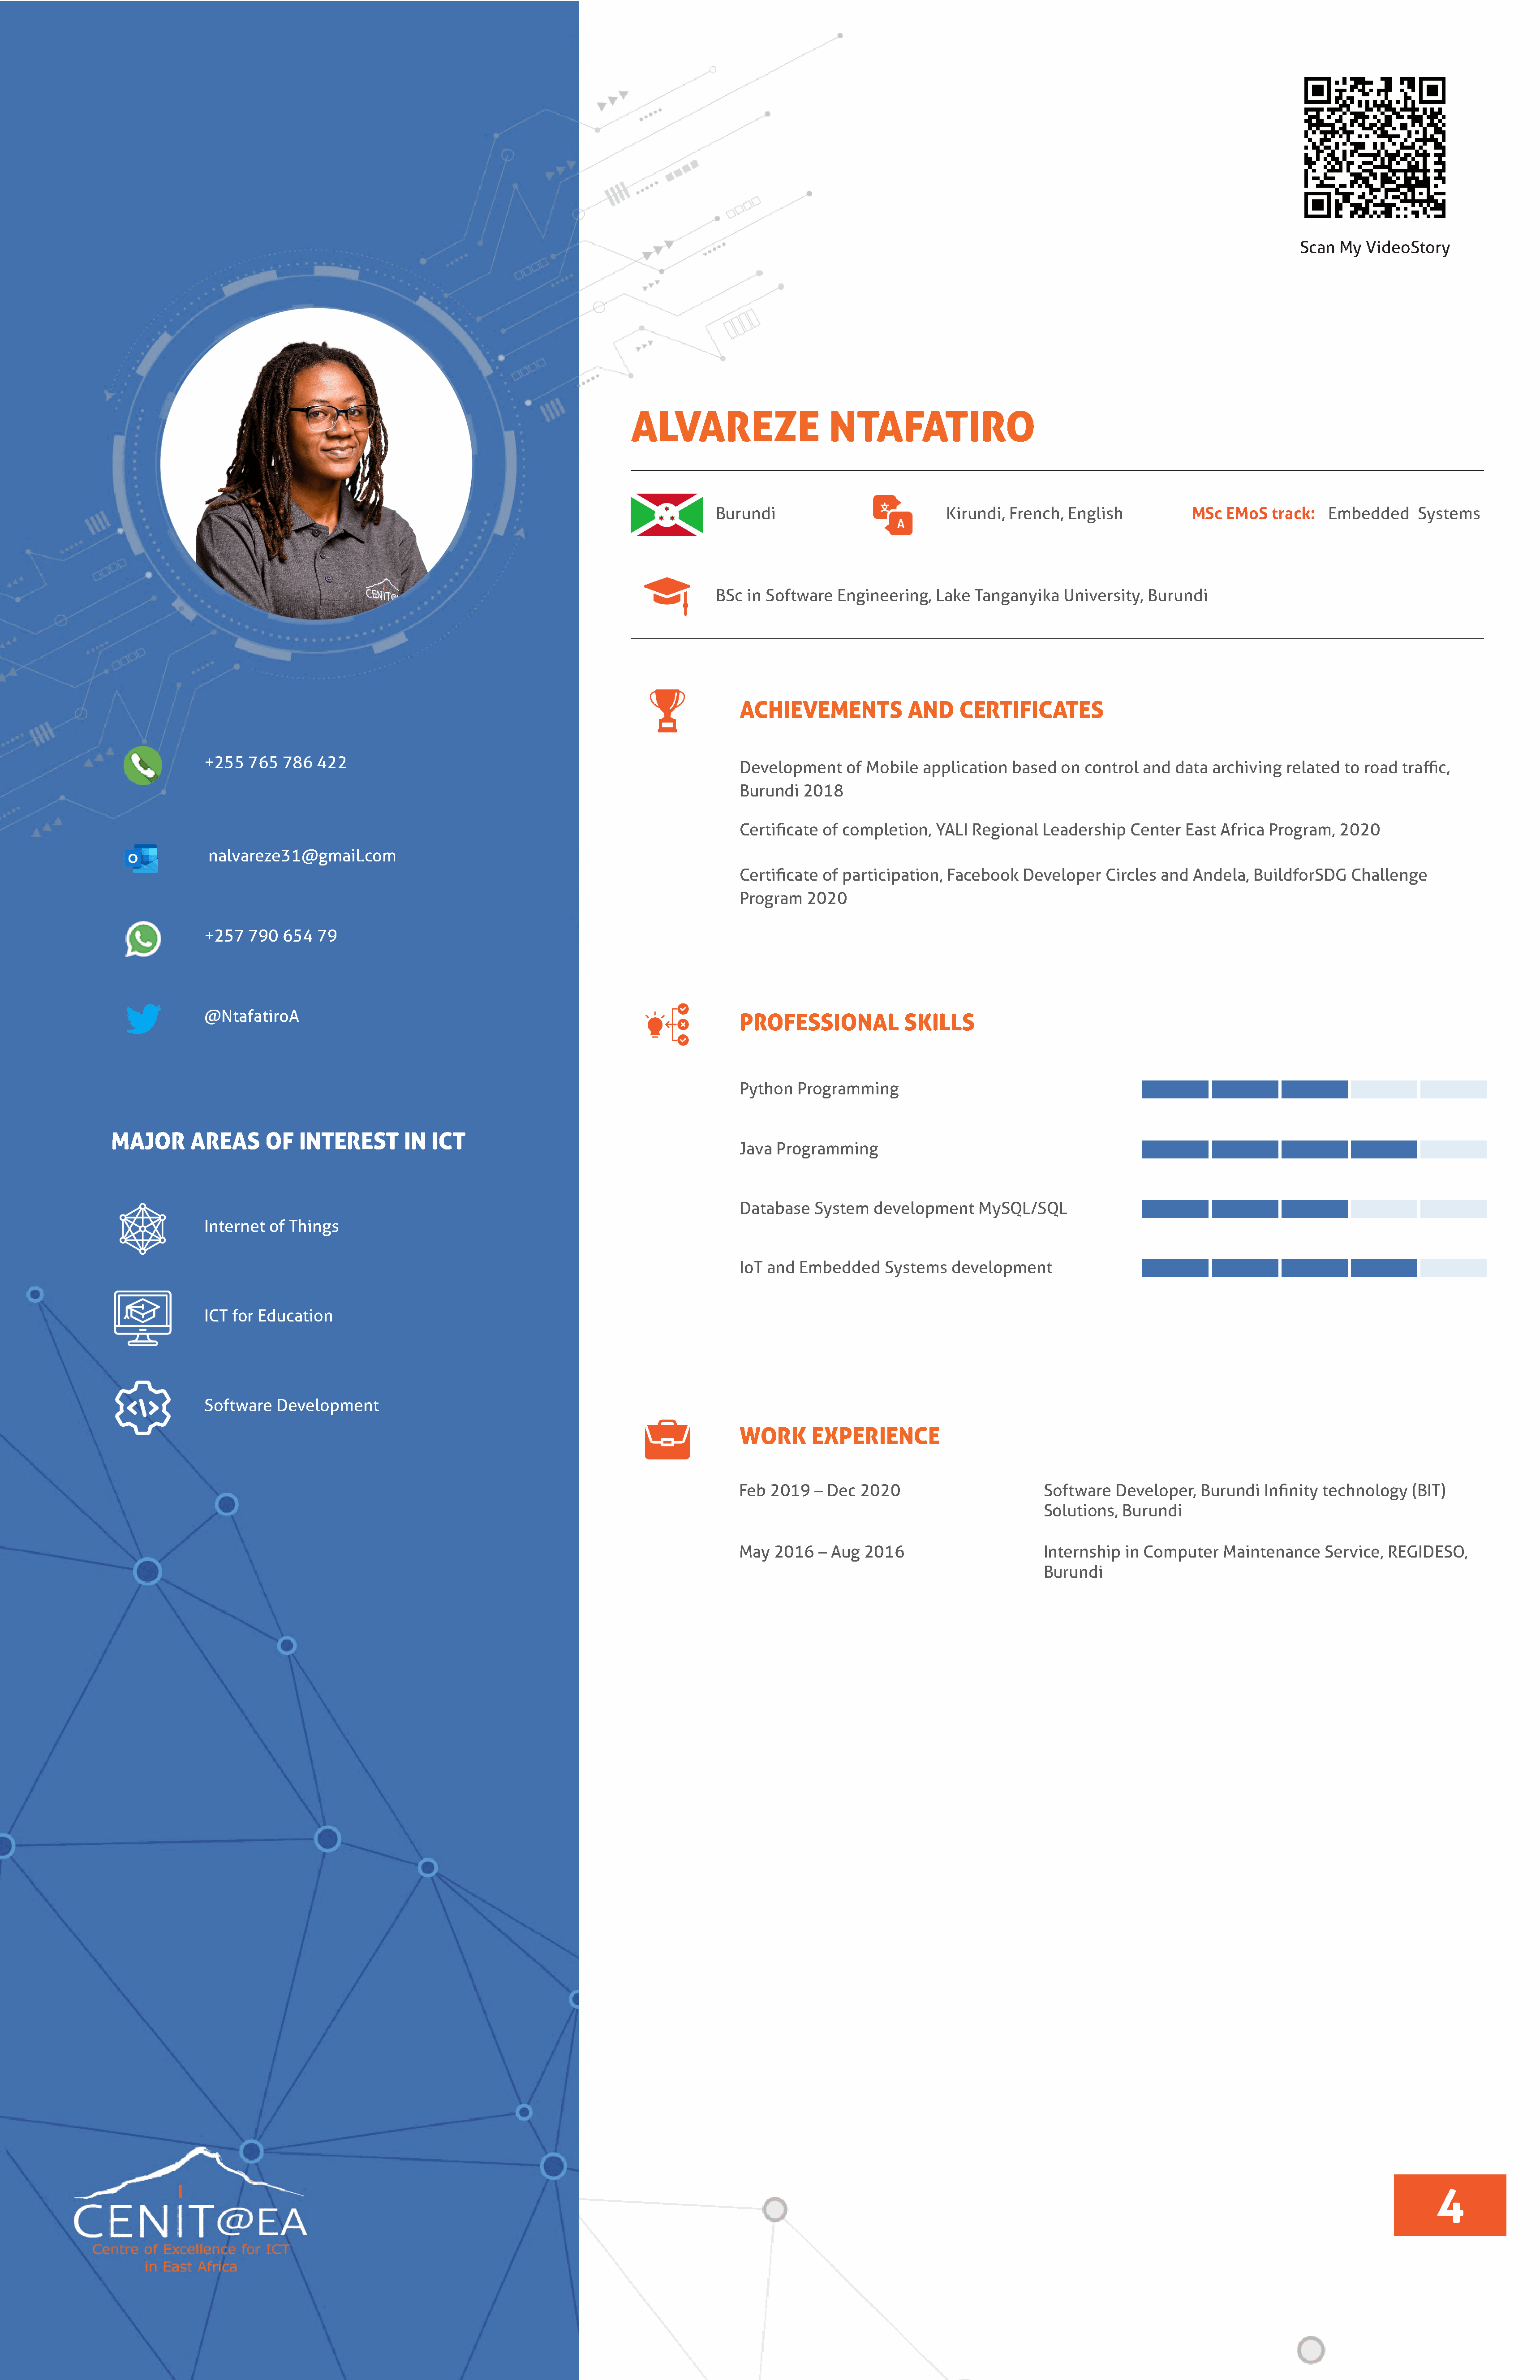
Scan  My  VideoStory
 ALVAREZE                      NTAFATIRO
 Burundi                           Kirundi, French,  English           MSc  EMoS   track:  Embedded     Systems
 BSc in Software   Engineering,  Lake  Tanganyika   University,  Burundi
 ACHIEVEMENTS             AND     CERTIFICATES
 +255   765  786  422
 Development     of Mobile  application   based  on control  and  data archiving  related  to road traffic,
 Burundi   2018
 Certificate  of completion,  YALI  Regional  Leadership   Center  East Africa Program,   2020
 nalvareze31@gmail.com
 Certificate  of participation, Facebook   Developer   Circles  and Andela,  BuildforSDG    Challenge
 Program   2020
 +257   790  654  79
 @NtafatiroA
 PROFESSIONAL             SKILLS
 Python   Programming
 MAJOR       AREAS      OF   INTEREST        IN  ICT
 Java  Programming
 Database   System   development     MySQL/SQL
 Internet  of Things
 IoT and  Embedded     Systems   development
 ICT for Education
 Software   Development
 WORK       EXPERIENCE
 Feb  2019  – Dec  2020                       Software   Developer,  Burundi   Infinity technology   (BIT)
 Solutions,  Burundi
 May  2016   – Aug  2016                      Internship  in Computer    Maintenance    Service, REGIDESO,
 Burundi
 4